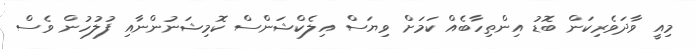
މިއީ ވާދަވެރިކަން ބޮޑު އިންތިހާބެއް ކަމަށް ވިޔަސް އިލެކްޝަންސް ކޮމިޝަނުންނާއި ފުލުހުން ވެސް